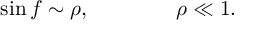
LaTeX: \sin f \sim \rho , \qquad \qquad \rho \ll 1 .